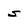
Character: s